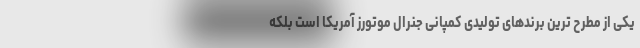
یکی از مطرح ترین برندهای تولیدی کمپانی جنرال موتورز آمریکا است بلکه